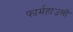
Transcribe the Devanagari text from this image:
फार्महाउसों